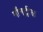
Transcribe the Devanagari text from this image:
माँनट्रील